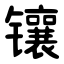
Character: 镶